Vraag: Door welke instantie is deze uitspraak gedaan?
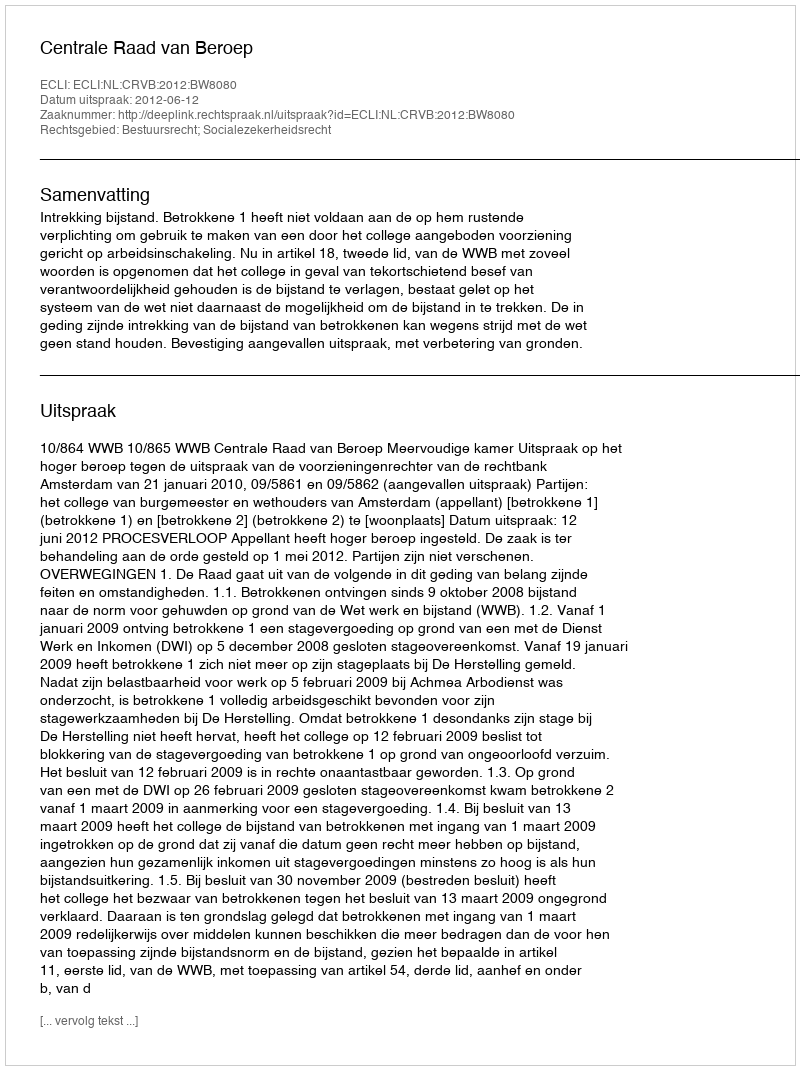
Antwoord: Centrale Raad van Beroep